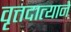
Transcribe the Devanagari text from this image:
वृत्तदात्याने